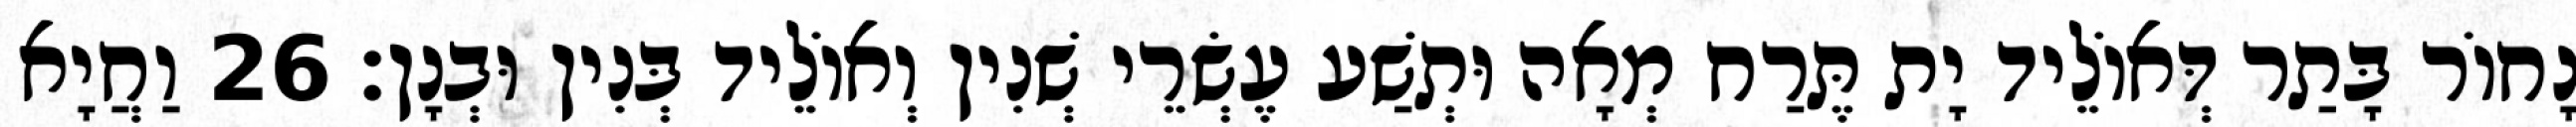
נָחוֹר בָּתַר דְּאוֹלֵיד יָת תֶּרַח מְאָה וּתְשַׁע עֶשְׂרֵי שְׁנִין וְאוֹלֵיד בְּנִין וּבְנָן׃ 26 וַחֲיָא